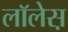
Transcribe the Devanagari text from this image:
लाॅलेस़